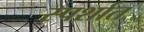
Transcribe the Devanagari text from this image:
स्पर्शात